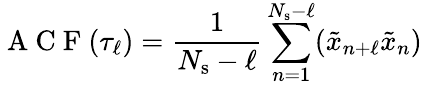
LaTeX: \mathrm{~A~C~F~}(\tau_{\ell})=\frac{1}{N_{\mathrm{s}}-\ell}\sum_{n=1}^{N_{\mathrm{s}}-\ell}(\tilde{x}_{n+\ell}\tilde{x}_{n})